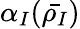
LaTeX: \alpha_{I}(\bar{\rho_{I}})